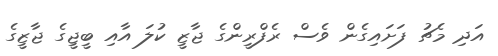
އަދި މެޗު ފަށައިގެން ވެސް ރެފްރީންގެ ޖާޒީ ކުލަ އާއި ބީޖީގެ ޖާޒީގެ